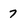
Character: 7